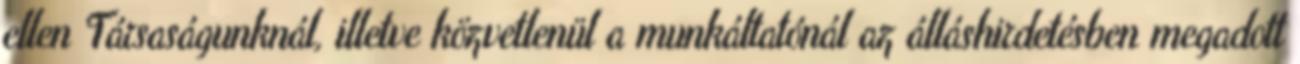
ellen Társaságunknál, illetve közvetlenül a munkáltatónál az álláshirdetésben megadott